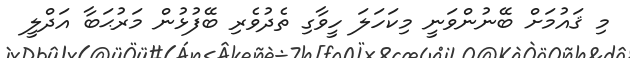
މި ޤައުމަށް ބޭނުންވަނީ މިކަހަލަ ހީވާގި ތެދުވެރި ބޭފުޅުން މަރުޙަބާ އަދްލީ